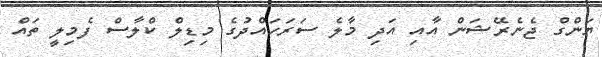
ޔަންގް ޖެނެރޭޝަން އާއި އަދި މާލެ ސަރަހައްދުގެ މިޑިލް ކްލާސް ފެމިލީ ތައް